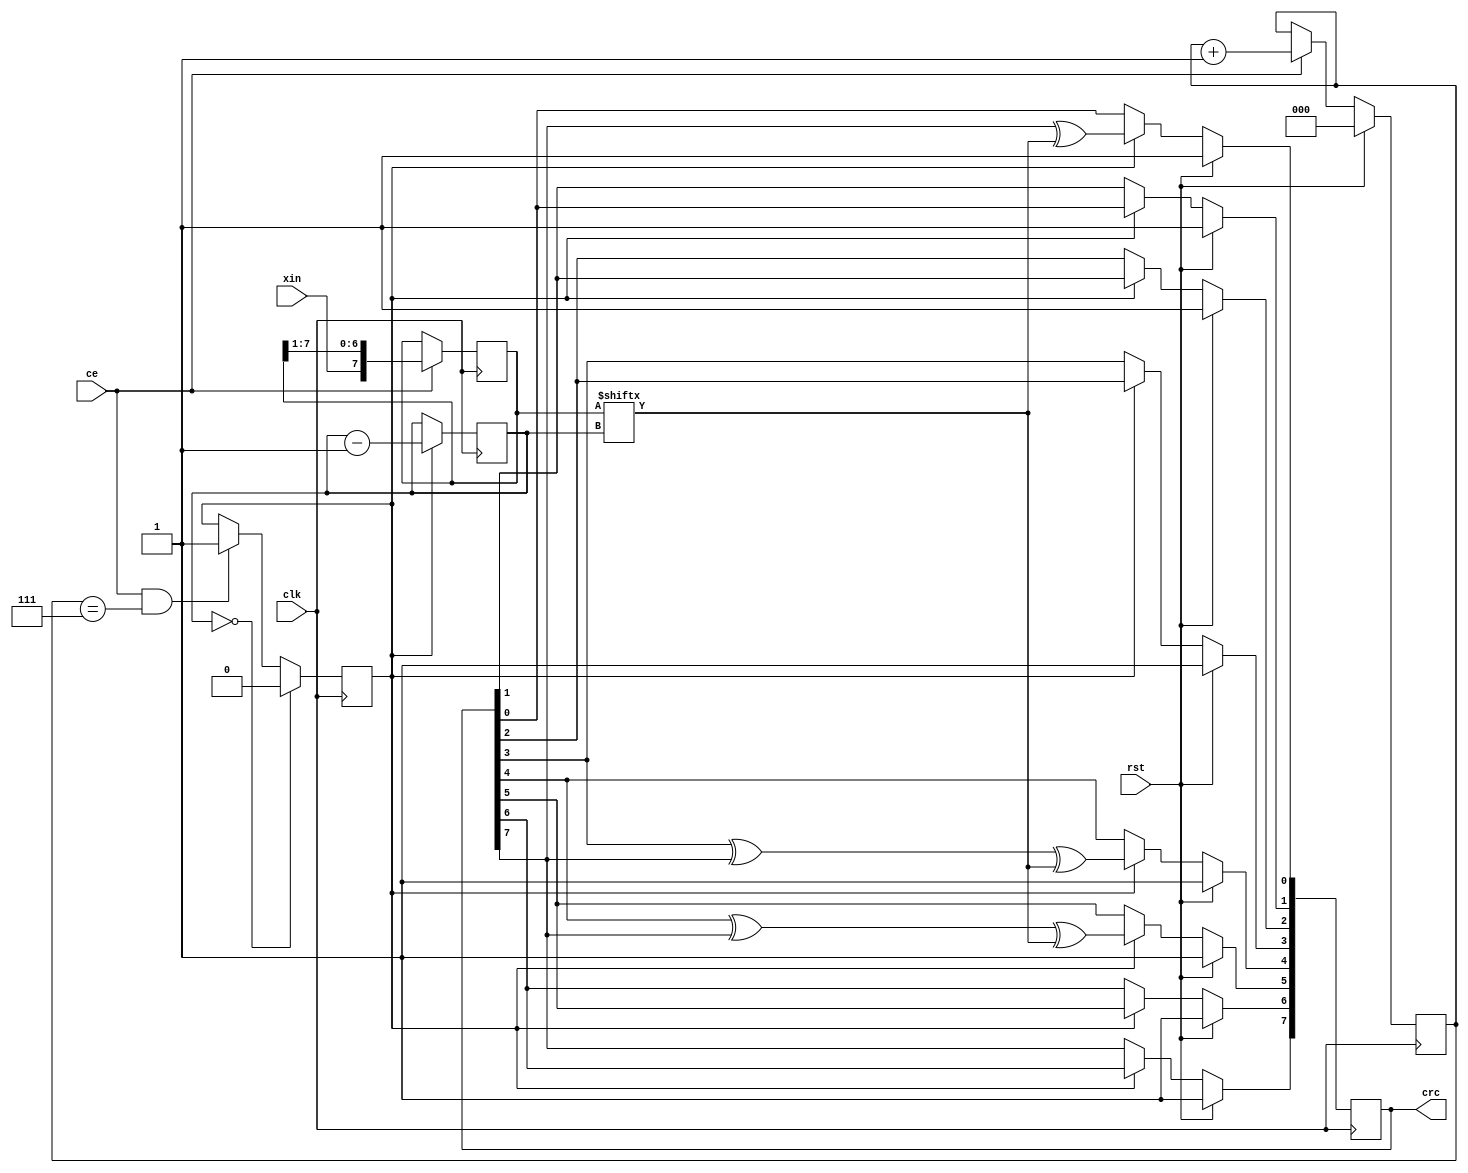
`timescale 1ns / 1ps
//////////////////////////////////////////////////////////////////////////////////
// Company: 
// Engineer: 
// 
// Design Name: 
// Module Name:    crc8 
// Project Name: 
// Target Devices: 
// Tool versions: 
// Description: 
//
// Dependencies: 
//
// Revision: 
// Revision 0.01 - File Created
// Additional Comments: 
//
//////////////////////////////////////////////////////////////////////////////////

// R = x^8 + x^5 + x^4 + 1
// Correct CRC8 is available next (first) posedge after ce -> 0 for MSB first variant
// Correct CRC8 is available ninth posedge after ce -> 0 for LSB first variant

module crc8(
	input clk,
	input ce,
	input rst,
	input xin,
	output reg [7:0] crc = 8'hFF
	);

	/*
	// MSB first
	always @ (posedge clk)
		if (rst)
			crc <= 8'hFF;
		else if (ce) begin
			crc[7] <= crc[6];
			crc[6] <= crc[5];
			crc[5] <= crc[4] ^ crc[7] ^ xin;
			crc[4] <= crc[3] ^ crc[7] ^ xin;
			crc[3] <= crc[2];
			crc[2] <= crc[1];
			crc[1] <= crc[0];
			crc[0] <= crc[7] ^ xin;
		end
	*/
	
	/*
	unsigned char Crc8Table[256] = {
	0x00, 0x31, 0x62, 0x53, 0xC4, 0xF5, 0xA6, 0x97, 0xB9, 0x88, 0xDB, 0xEA, 0x7D, 0x4C, 0x1F, 0x2E,
	0x43, 0x72, 0x21, 0x10, 0x87, 0xB6, 0xE5, 0xD4, 0xFA, 0xCB, 0x98, 0xA9, 0x3E, 0x0F, 0x5C, 0x6D,
	0x86, 0xB7, 0xE4, 0xD5, 0x42, 0x73, 0x20, 0x11, 0x3F, 0x0E, 0x5D, 0x6C, 0xFB, 0xCA, 0x99, 0xA8,
	0xC5, 0xF4, 0xA7, 0x96, 0x01, 0x30, 0x63, 0x52, 0x7C, 0x4D, 0x1E, 0x2F, 0xB8, 0x89, 0xDA, 0xEB,
	0x3D, 0x0C, 0x5F, 0x6E, 0xF9, 0xC8, 0x9B, 0xAA, 0x84, 0xB5, 0xE6, 0xD7, 0x40, 0x71, 0x22, 0x13,
	0x7E, 0x4F, 0x1C, 0x2D, 0xBA, 0x8B, 0xD8, 0xE9, 0xC7, 0xF6, 0xA5, 0x94, 0x03, 0x32, 0x61, 0x50,
	0xBB, 0x8A, 0xD9, 0xE8, 0x7F, 0x4E, 0x1D, 0x2C, 0x02, 0x33, 0x60, 0x51, 0xC6, 0xF7, 0xA4, 0x95,
	0xF8, 0xC9, 0x9A, 0xAB, 0x3C, 0x0D, 0x5E, 0x6F, 0x41, 0x70, 0x23, 0x12, 0x85, 0xB4, 0xE7, 0xD6,
	0x7A, 0x4B, 0x18, 0x29, 0xBE, 0x8F, 0xDC, 0xED, 0xC3, 0xF2, 0xA1, 0x90, 0x07, 0x36, 0x65, 0x54,
	0x39, 0x08, 0x5B, 0x6A, 0xFD, 0xCC, 0x9F, 0xAE, 0x80, 0xB1, 0xE2, 0xD3, 0x44, 0x75, 0x26, 0x17,
	0xFC, 0xCD, 0x9E, 0xAF, 0x38, 0x09, 0x5A, 0x6B, 0x45, 0x74, 0x27, 0x16, 0x81, 0xB0, 0xE3, 0xD2,
	0xBF, 0x8E, 0xDD, 0xEC, 0x7B, 0x4A, 0x19, 0x28, 0x06, 0x37, 0x64, 0x55, 0xC2, 0xF3, 0xA0, 0x91,
	0x47, 0x76, 0x25, 0x14, 0x83, 0xB2, 0xE1, 0xD0, 0xFE, 0xCF, 0x9C, 0xAD, 0x3A, 0x0B, 0x58, 0x69,
	0x04, 0x35, 0x66, 0x57, 0xC0, 0xF1, 0xA2, 0x93, 0xBD, 0x8C, 0xDF, 0xEE, 0x79, 0x48, 0x1B, 0x2A,
	0xC1, 0xF0, 0xA3, 0x92, 0x05, 0x34, 0x67, 0x56, 0x78, 0x49, 0x1A, 0x2B, 0xBC, 0x8D, 0xDE, 0xEF,
	0x82, 0xB3, 0xE0, 0xD1, 0x46, 0x77, 0x24, 0x15, 0x3B, 0x0A, 0x59, 0x68, 0xFF, 0xCE, 0x9D, 0xAC};

	crc_init = 0xFF;
	
	crc = Crc8Table[crc ^ data];
	*/
	
	// LSB first
	reg [7:0] xin_buf = 0; // buffer for data order reversion
	reg [2:0] cnt_bit_xin = 0; // count up to 8 bits
	
	reg busy_crc = 0; // crc calculation in process
	reg [2:0] cnt_bit_crcin = 7; // flip order to make it MSB first
	
	always @ (posedge clk) begin
		xin_buf <= ce ? {xin, xin_buf[7:1]} : xin_buf;
		cnt_bit_xin <= rst ? 0 : ce ? cnt_bit_xin + 1 : cnt_bit_xin;
		
		busy_crc <= (cnt_bit_crcin == 0) ? 0 : (ce & (cnt_bit_xin == 7)) ? 1 : busy_crc;
		cnt_bit_crcin <= busy_crc ? cnt_bit_crcin - 1 : cnt_bit_crcin;
	end
	
	wire xin_crc;
	
	assign xin_crc = xin_buf[cnt_bit_crcin];
	
	always @ (posedge clk)
		if (rst)
			crc <= 8'hFF;
		else if (busy_crc) begin
			crc[7] <= crc[6];
			crc[6] <= crc[5];
			crc[5] <= crc[4] ^ crc[7] ^ xin_crc;
			crc[4] <= crc[3] ^ crc[7] ^ xin_crc;
			crc[3] <= crc[2];
			crc[2] <= crc[1];
			crc[1] <= crc[0];
			crc[0] <= crc[7] ^ xin_crc;
		end

endmodule